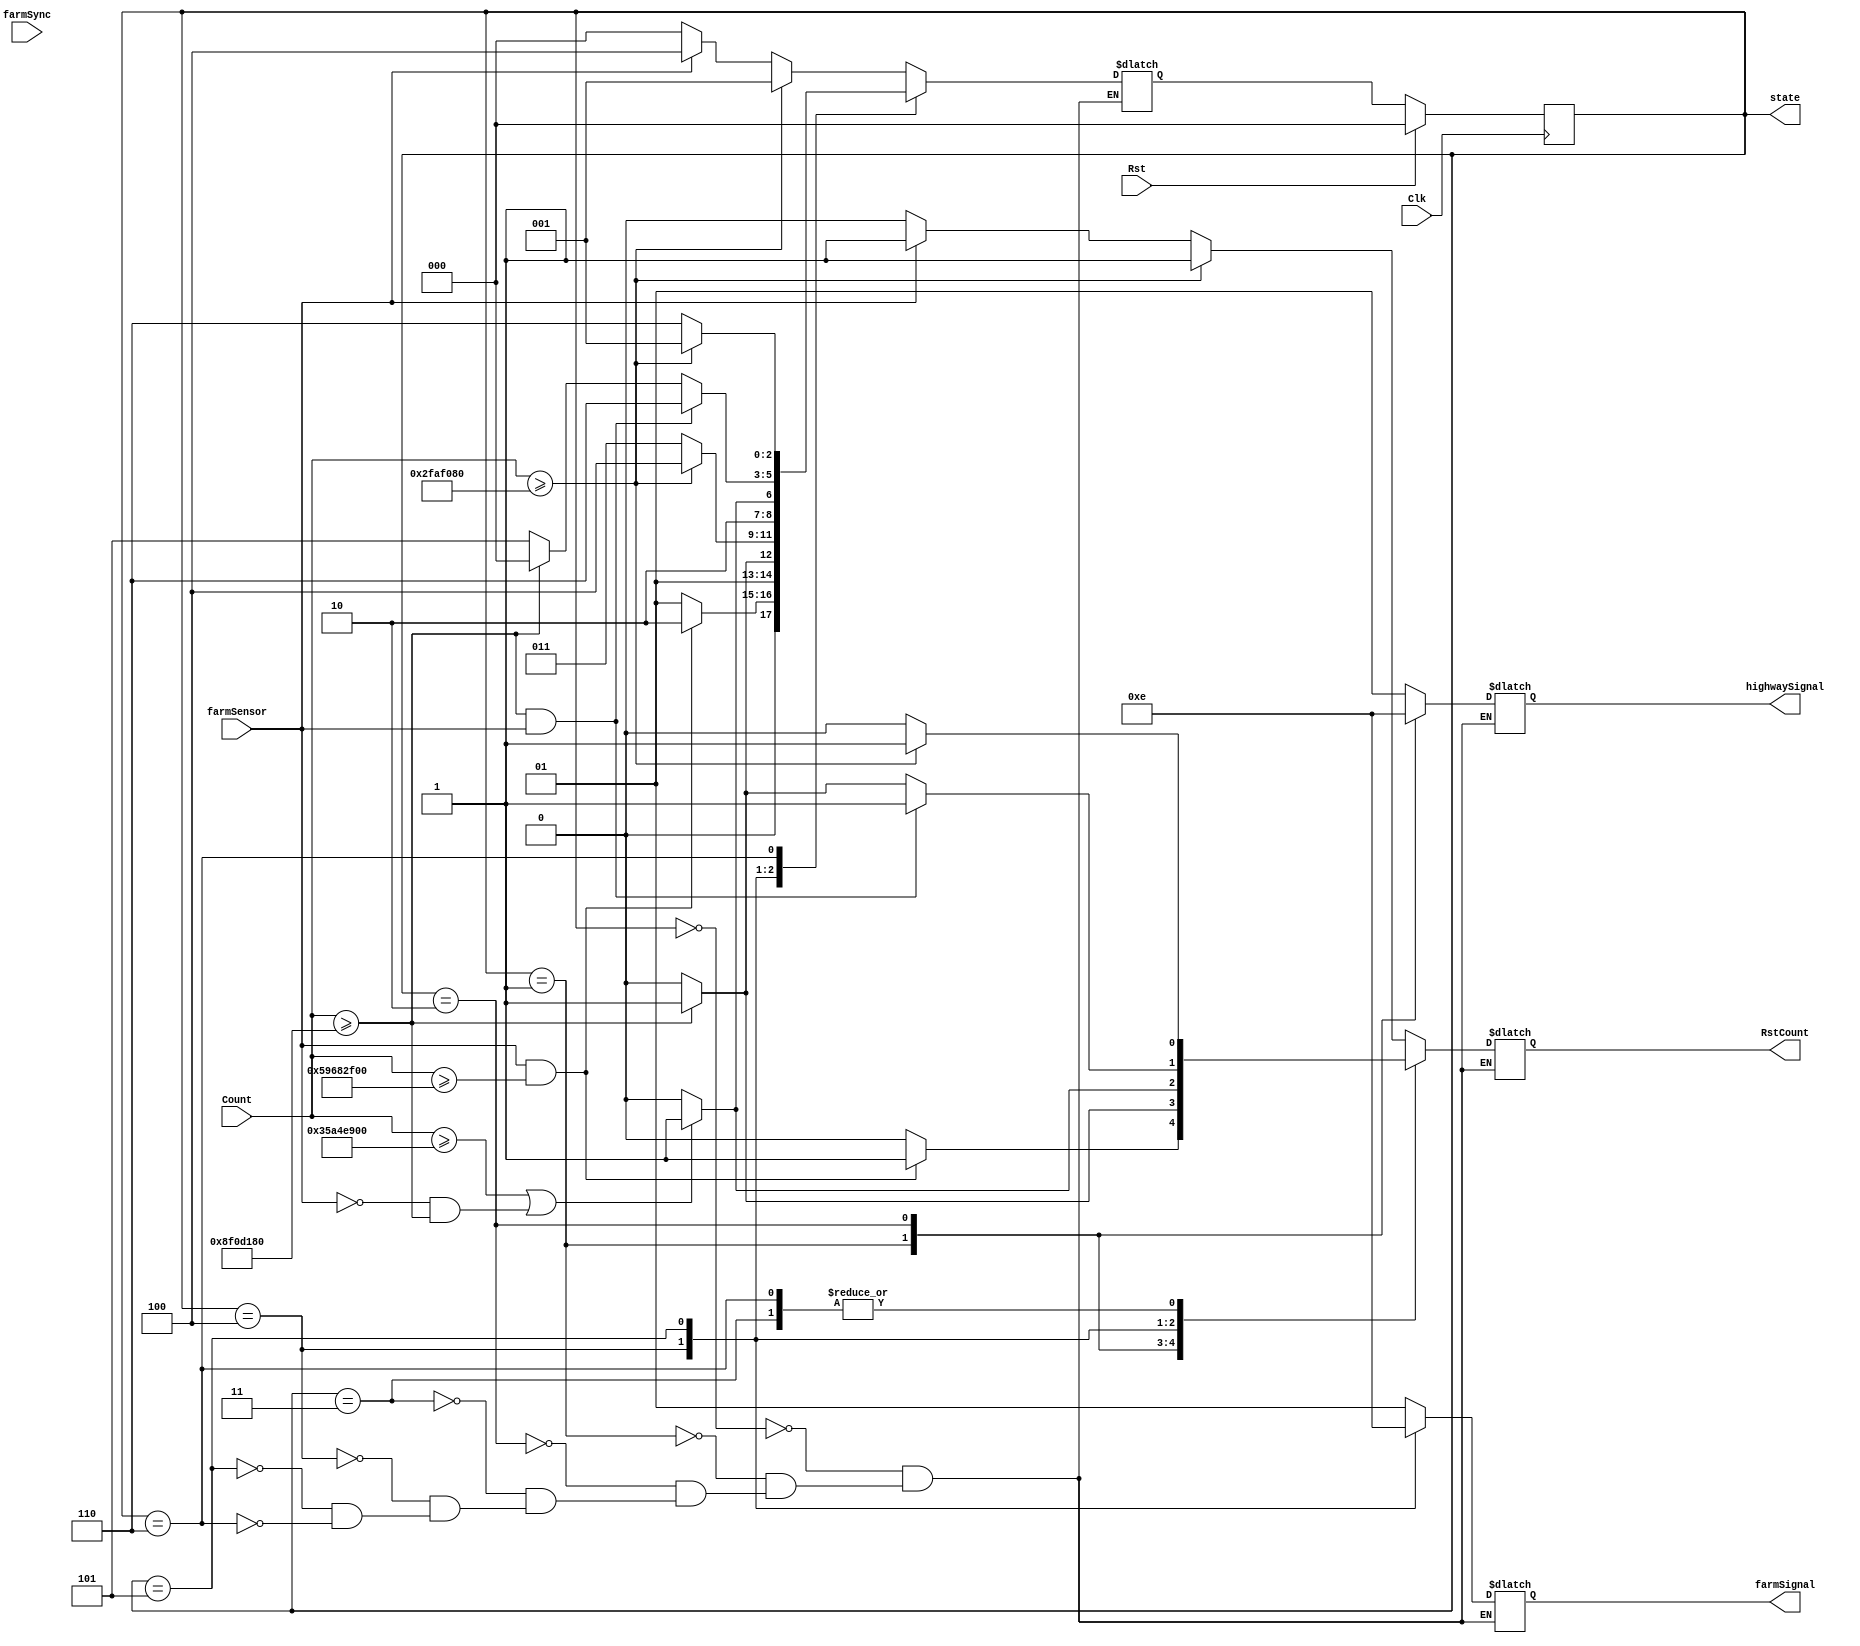
`timescale 1ns/1ps
`default_nettype none

`define one_sec 50000000
`define three_sec 150000000
`define fifteen_sec 750000000
`define thirty_sec 1500000000

module tlc_fsm(state, RstCount, highwaySignal,farmSignal, Count, Clk, Rst, farmSensor, farmSync);
    output reg[2:0] state;      // output for debugging
    output reg RstCount;        // use an always block
    // another always block for these as well
    output reg[1:0] highwaySignal, farmSignal;
    input wire [30:0] Count;     // use n computed earlier
    input wire Clk, Rst, farmSensor, farmSync;         // clock and reset

parameter S0 = 3'b000,
        S1 = 3'b001,
        S2 = 3'b010,
        S3 = 3'b011,
        S4 = 3'b100,
        S5 = 3'b101,
        S6 = 3'b110,
        green = 2'b11,
        yellow = 2'b10,
        red = 2'b01;
        
 reg[2:0] nextState;
 
 always@(*)
    case(state)
        S0: begin
            highwaySignal = red;
            farmSignal = red;
            if (Count >= `one_sec)
                begin
                RstCount = 1;
                nextState = S1;
                end
            else if (farmSensor == 1)
                begin
                RstCount = 1;
                nextState = S4;
                end
            else
                begin
                RstCount = 0;
                nextState = S0;
                end
            end
        S1: begin
            highwaySignal = green;
            farmSignal = red;
            if (farmSensor == 1 && Count >= `thirty_sec)
                begin
                RstCount = 1;
                nextState = S2;
                end
            else
                begin
                RstCount = 0;
                nextState = S1;
                end
            end
        S2: begin
            highwaySignal = yellow;
            farmSignal = red;
            
            if (Count>= `three_sec)
                begin
                RstCount = 1;
                nextState = S3;
                end
            else
                begin
                RstCount = 0;
                nextState = S2;
                end
            end
        S3: begin
            highwaySignal = red;
            farmSignal = red;
            if(Count >= `one_sec)
                begin
                RstCount = 1;
                nextState = S4;
                end
            else
                begin
                RstCount = 0;
                nextState = S3;
                end
            end
        S4: begin
            highwaySignal = red;
            farmSignal = green;
            if (Count >= (`fifteen_sec + `three_sec) || (farmSensor == 0 && Count >= `three_sec))
                begin
                RstCount = 1;
                nextState = S5;
                end
            else
                begin
                RstCount = 0;
                nextState = S4;
                end
            end
        S5: begin
            highwaySignal = red;
            farmSignal = yellow;
            if(Count >= `three_sec && farmSensor == 1)
                begin
                RstCount = 1;
                nextState = S6;
                end
            else if(Count >= `three_sec)
                begin
                RstCount = 1;
                nextState = S0;
                end
            else
                begin
                RstCount = 0;
                nextState = S5;
                end
            end
         S6: begin
            highwaySignal = red;
            farmSignal = red;
            if (Count >= `one_sec)
                begin
                RstCount = 1;
                nextState = S1;
                end
            else
                begin
                RstCount = 0;
                nextState = S6;
                end
            end
        endcase

// update loop
always@(posedge Clk)
    if(Rst)
        state <= S0;
    else
        state <= nextState;
        
 endmodule